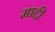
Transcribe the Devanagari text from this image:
माद्दी